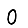
Digit: 0